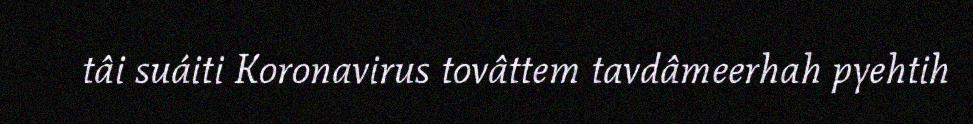
tâi suáiti Koronavirus tovâttem tavdâmeerhah pyehtih